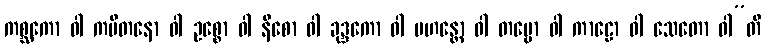
ကစ္ဆကော ဝါ ကပီတနော ဝါ ဥစ္စော ဝါ နီစော ဝါ ခုဒ္ဒကော ဝါ မဟန္တော ဝါ တမ္ဗော ဝါ ကာဠော ဝါ သေတော ဝါ”တိ